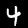
Digit: 4